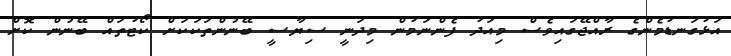
އަޅުގަނޑުމެންގެ ރާއްޖޭގައިވެސް މިއަދު ފެންނަމުން މިދަނީ ސިޔާސީ ބޭނުންތަކަކަށް ކޯޓުތައް ބޭނުން ކޮށް